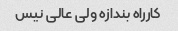
کارراه بندازه ولی عالی نیس